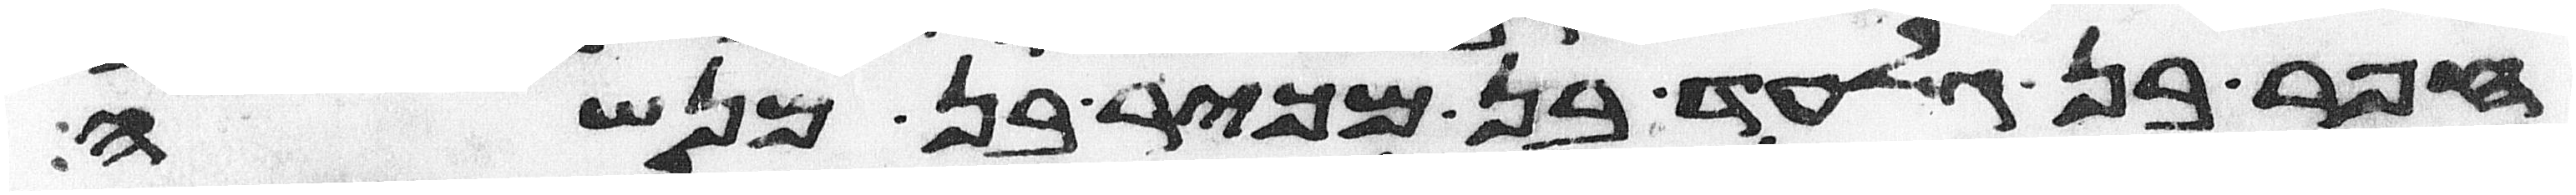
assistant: חפר בן גלעד בן מכיר בן מנשה